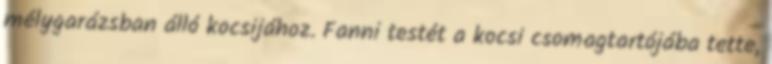
mélygarázsban álló kocsijához. Fanni testét a kocsi csomagtartójába tette,